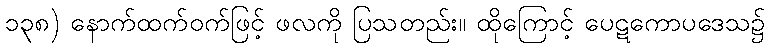
၁၃၈) နောက်ထက်ဝက်ဖြင့် ဖလကို ပြသတည်း။ ထိုကြောင့် ပေဋကောပဒေသ၌